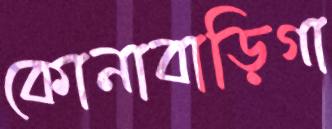
কোনাবাড়িগা